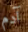
آدم